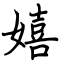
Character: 嬉